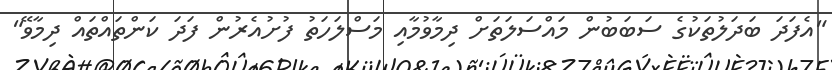
"އެފަދަ ބަދަލުތަކުގެ ސަބަބުން މައްސަލަތަށް ދިމާވުމާއި މަސްލަހަތު ފުށުއެރުން ފަދަ ކަންތައްތައް ދިމާވޭ"